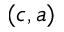
( c , a )